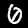
Digit: 0